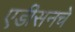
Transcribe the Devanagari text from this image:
एडीसनचे